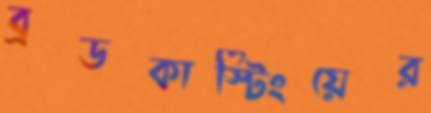
ব্রডকাস্টিংয়ের